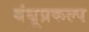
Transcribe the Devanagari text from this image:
बंधूप्रकल्प